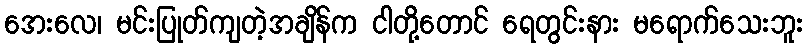
အေးလေ၊ မင်းပြုတ်ကျတဲ့အချိန်က ငါတို့တောင် ရေတွင်းနား မရောက်သေးဘူး